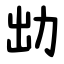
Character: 㔘